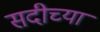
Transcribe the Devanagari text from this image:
सदीच्या